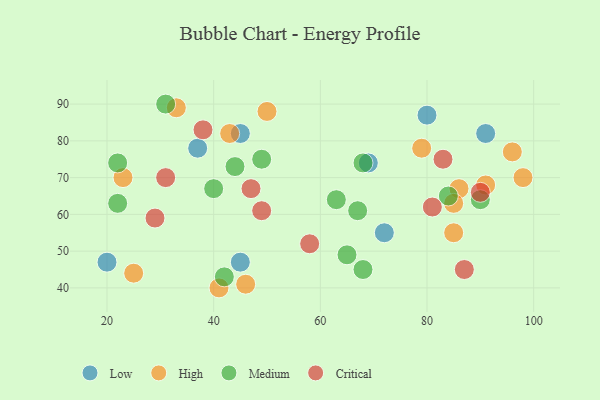
{"axis": {"x": "GDP", "y": "Life Expectancy"}, "legend": ["Critical", "High", "Low", "Medium"], "data": [{"x": "72", "y": 55, "type": "Low"}, {"x": "80", "y": 87, "type": "Low"}, {"x": "45", "y": 47, "type": "Low"}, {"x": "37", "y": 78, "type": "Low"}, {"x": "91", "y": 82, "type": "Low"}, {"x": "20", "y": 47, "type": "Low"}, {"x": "69", "y": 74, "type": "Low"}, {"x": "45", "y": 82, "type": "Low"}, {"x": "98", "y": 70, "type": "High"}, {"x": "46", "y": 41, "type": "High"}, {"x": "96", "y": 77, "type": "High"}, {"x": "85", "y": 55, "type": "High"}, {"x": "33", "y": 89, "type": "High"}, {"x": "91", "y": 68, "type": "High"}, {"x": "79", "y": 78, "type": "High"}, {"x": "23", "y": 70, "type": "High"}, {"x": "50", "y": 88, "type": "High"}, {"x": "86", "y": 67, "type": "High"}, {"x": "25", "y": 44, "type": "High"}, {"x": "41", "y": 40, "type": "High"}, {"x": "43", "y": 82, "type": "High"}, {"x": "85", "y": 63, "type": "High"}, {"x": "84", "y": 65, "type": "Medium"}, {"x": "22", "y": 74, "type": "Medium"}, {"x": "44", "y": 73, "type": "Medium"}, {"x": "90", "y": 64, "type": "Medium"}, {"x": "68", "y": 45, "type": "Medium"}, {"x": "42", "y": 43, "type": "Medium"}, {"x": "63", "y": 64, "type": "Medium"}, {"x": "49", "y": 75, "type": "Medium"}, {"x": "22", "y": 63, "type": "Medium"}, {"x": "40", "y": 67, "type": "Medium"}, {"x": "67", "y": 61, "type": "Medium"}, {"x": "31", "y": 90, "type": "Medium"}, {"x": "65", "y": 49, "type": "Medium"}, {"x": "68", "y": 74, "type": "Medium"}, {"x": "49", "y": 61, "type": "Critical"}, {"x": "90", "y": 66, "type": "Critical"}, {"x": "81", "y": 62, "type": "Critical"}, {"x": "58", "y": 52, "type": "Critical"}, {"x": "29", "y": 59, "type": "Critical"}, {"x": "47", "y": 67, "type": "Critical"}, {"x": "87", "y": 45, "type": "Critical"}, {"x": "38", "y": 83, "type": "Critical"}, {"x": "31", "y": 70, "type": "Critical"}, {"x": "83", "y": 75, "type": "Critical"}]}